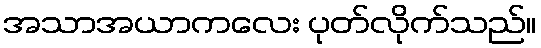
အသာအယာကလေး ပုတ်လိုက်သည်။